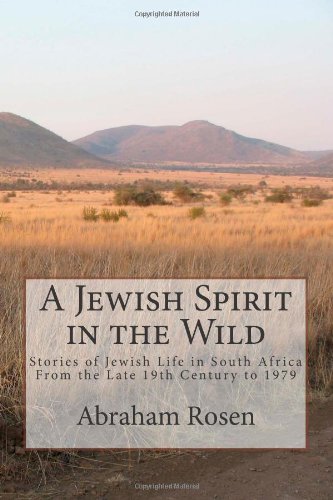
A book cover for A Jewish Spirit in the Wild: Stories of Jewish life in South Africa from the late 19th century to 1979; Abraham Rosen; Literature & Fiction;